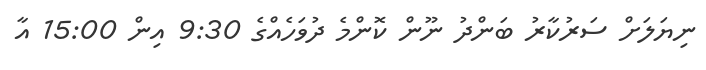
ނިޔަލަށް ސަރުކާރު ބަންދު ނޫން ކޮންމެ ދުވަހެއްގެ 9:30 އިން 15:00 އާ